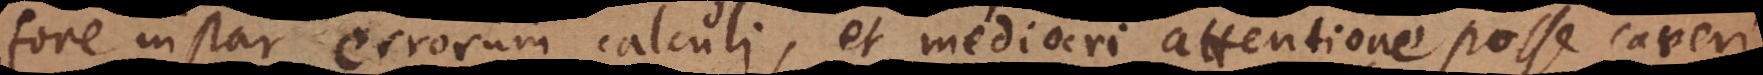
fore instar errorum calculi et mediocri attentione posse caveri,